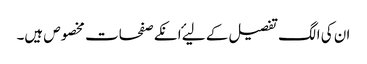
ان کی الگ تفصیل کے لیۓ انکے صفحات مخصوص ہیں۔